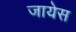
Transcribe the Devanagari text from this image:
जायेस